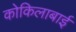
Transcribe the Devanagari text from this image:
कोकिलाबाई